画像に写った文字を読んでください
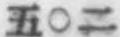
「五〇二」と書いてあります